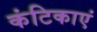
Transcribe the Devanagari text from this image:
कंटिकाएं